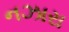
નઝારા